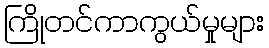
ကြိုတင်ကာကွယ်မှုများ